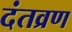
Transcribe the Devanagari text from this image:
दंतव्रण